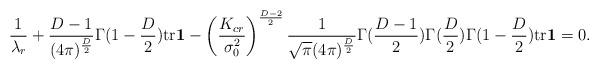
LaTeX: \begin{align*}\frac{1}{\lambda_{r}}+\frac{D-1}{(4\pi)^{\frac{D}{2}}} \Gamma(1-\frac{D}{2})\mbox{tr}\mbox{\boldmath$1$}- \left(\frac{K_{cr}}{\sigma_{0}^{2}}\right)^{\frac{D-2}{2}} \frac{1}{\sqrt{\pi}(4\pi)^{\frac{D}{2}}} \Gamma(\frac{D-1}{2})\Gamma(\frac{D}{2})\Gamma(1-\frac{D}{2}) \mbox{tr}\mbox{\boldmath$1$}=0. \end{align*}